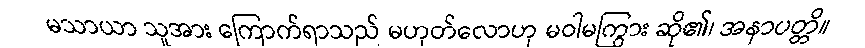
မသာယာ သူအား ကြောက်ရာသည် မဟုတ်လောဟု မဝါမကြွား ဆို၏၊ အနာပတ္တိ။